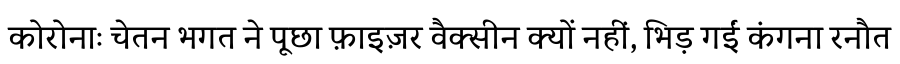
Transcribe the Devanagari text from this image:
कोरोनाः चेतन भगत ने पूछा फ़ाइज़र वैक्सीन क्यों नहीं, भिड़ गईं कंगना रनौत